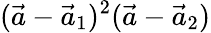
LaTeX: (\vec{a}-\vec{a}_{1})^{2}(\vec{a}-\vec{a}_{2})